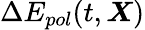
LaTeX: \Delta E_{pol}(t,\boldsymbol{X})